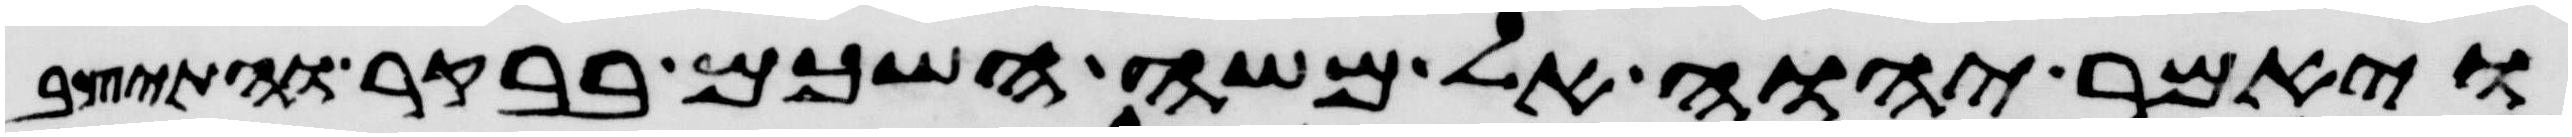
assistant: ויאמר יהוה אל משה השכם בבקר והתיצב